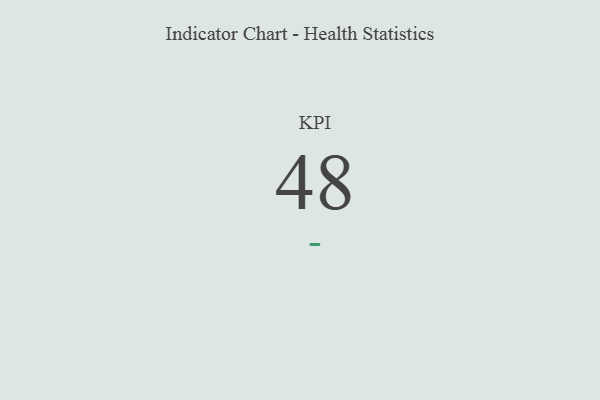
{"axis": {"x": "KPI", "y": "Value"}, "legend": [""], "data": [{"x": "KPI", "y": 48, "type": ""}]}